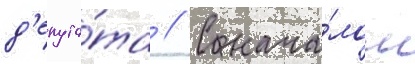
д'епута́та // С нача́лом